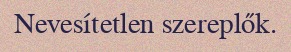
Nevesítetlen szereplők.